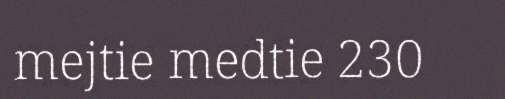
mejtie medtie 230